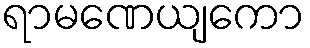
ရာမဏေယျကော